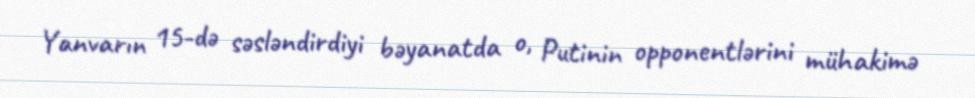
Yanvarın 15-də səsləndirdiyi bəyanatda o, Putinin opponentlərini mühakimə